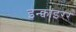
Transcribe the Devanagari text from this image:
इन्क्वाइरर